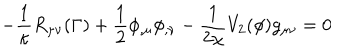
- \frac { 1 } { \kappa } R _ { \mu \nu } ( { \Gamma } ) + \frac { 1 } { 2 } \phi _ { , \mu } \phi _ { , \nu } - \frac { 1 } { 2 \chi } V _ { 2 } ( \phi ) g _ { \mu \nu } = 0